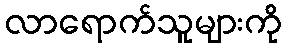
လာရောက်သူများကို